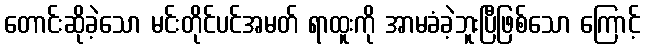
တောင်းဆိုခဲ့သော မင်းတိုင်ပင်အမတ် ရာထူးကို အာမခံခဲ့ဘူးပြီဖြစ်သော ကြောင့်